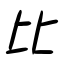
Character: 比